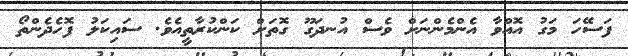
ފަސޭހަ މަގު އޮއްވާ އެންމެންނަށް ވެސް އުނދަގޫ ގޮތަށް ކަންކުރާތީއެވެ. ސައިކަލު ފޮހެދެންތޯ